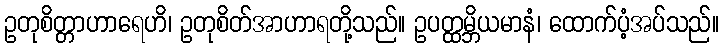
ဥတုစိတ္တာဟာရေဟိ၊ ဥတုစိတ်အာဟာရတို့သည်။ ဥပတ္ထမ္ဘိယမာနံ၊ ထောက်ပံ့အပ်သည်။